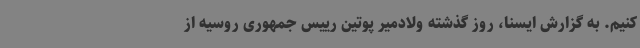
کنیم. به گزارش ایسنا، روز گذشته ولادمیر پوتین رییس جمهوری روسیه از